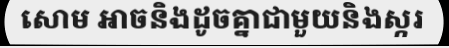
សោម អាចនិងដូចគ្នាជាមួយនិងស្ករ